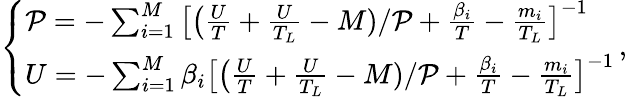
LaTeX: \left\{ \begin{array}{ll}{\mathcal{P}=-\sum_{i=1}^{M}\big[\big(\frac{U}{T}+\frac{U}{T_{L}}-M)/\mathcal{P}+\frac{\beta_{i}}{T}-\frac{m_{i}}{T_{L}}\big]^{-1}}\\ {U=-\sum_{i=1}^{M}\beta_{i}\big[\big(\frac{U}{T}+\frac{U}{T_{L}}-M)/\mathcal{P}+\frac{\beta_{i}}{T}-\frac{m_{i}}{T_{L}}\big]^{-1}}\end{array}\right.\, ,